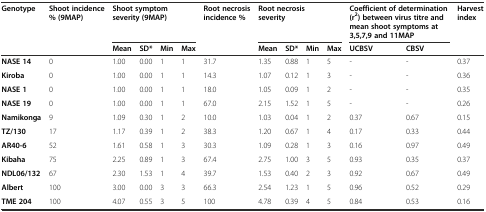
<table><thead><tr><td><b>Genotype</b></td><td><b>Shoot incidence % (9MAP)</b></td><td colspan="4"><b>Shoot symptom severity (9MAP)</b></td><td><b>Root necrosis incidence %</b></td><td colspan="4"><b>Root necrosis severity</b></td><td colspan="2"><b>Coefficient of determination (r<sup>2</sup>) between virus titre and mean shoot symptoms at 3,5,7,9 and 11MAP</b></td><td><b>Harvest index</b></td></tr><tr><td></td><td></td><td><b>Mean</b></td><td><b>SD*</b></td><td><b>Min</b></td><td><b>Max</b></td><td></td><td><b>Mean</b></td><td><b>SD*</b></td><td><b>Min</b></td><td><b>Max</b></td><td><b>UCBSV</b></td><td><b>CBSV</b></td><td></td></tr></thead><tbody><tr><td><b>NASE 14</b></td><td>0</td><td>1.00</td><td>0.00</td><td>1</td><td>1</td><td>31.7</td><td>1.35</td><td>0.88</td><td>1</td><td>5</td><td>-</td><td>-</td><td>0.37</td></tr><tr><td><b>Kiroba</b></td><td>0</td><td>1.00</td><td>0.00</td><td>1</td><td>1</td><td>14.3</td><td>1.07</td><td>0.12</td><td>1</td><td>3</td><td>-</td><td>-</td><td>0.36</td></tr><tr><td><b>NASE 1</b></td><td>0</td><td>1.00</td><td>0.00</td><td>1</td><td>1</td><td>18.0</td><td>1.05</td><td>0.09</td><td>1</td><td>2</td><td>-</td><td>-</td><td>0.35</td></tr><tr><td><b>NASE 19</b></td><td>0</td><td>1.00</td><td>0.00</td><td>1</td><td>1</td><td>67.0</td><td>2.15</td><td>1.52</td><td>1</td><td>5</td><td>-</td><td>-</td><td>0.26</td></tr><tr><td><b>Namikonga</b></td><td>9</td><td>1.09</td><td>0.30</td><td>1</td><td>2</td><td>10.0</td><td>1.03</td><td>0.04</td><td>1</td><td>2</td><td>0.37</td><td>0.67</td><td>0.15</td></tr><tr><td><b>TZ/130</b></td><td>17</td><td>1.17</td><td>0.39</td><td>1</td><td>2</td><td>38.3</td><td>1.20</td><td>0.67</td><td>1</td><td>4</td><td>0.17</td><td>0.33</td><td>0.44</td></tr><tr><td><b>AR40-6</b></td><td>52</td><td>1.61</td><td>0.58</td><td>1</td><td>3</td><td>30.3</td><td>1.09</td><td>0.28</td><td>1</td><td>3</td><td>0.16</td><td>0.97</td><td>0.49</td></tr><tr><td><b>Kibaha</b></td><td>75</td><td>2.25</td><td>0.89</td><td>1</td><td>3</td><td>67.4</td><td>2.75</td><td>1.00</td><td>3</td><td>5</td><td>0.93</td><td>0.35</td><td>0.37</td></tr><tr><td><b>NDL06/132</b></td><td>67</td><td>2.30</td><td>1.53</td><td>1</td><td>4</td><td>39.7</td><td>1.53</td><td>0.40</td><td>2</td><td>3</td><td>0.92</td><td>0.67</td><td>0.49</td></tr><tr><td><b>Albert</b></td><td>100</td><td>3.00</td><td>0.00</td><td>3</td><td>3</td><td>66.3</td><td>2.54</td><td>1.23</td><td>1</td><td>5</td><td>0.96</td><td>0.52</td><td>0.29</td></tr><tr><td><b>TME 204</b></td><td>100</td><td>4.07</td><td>0.55</td><td>3</td><td>5</td><td>100</td><td>4.78</td><td>0.39</td><td>4</td><td>5</td><td>0.84</td><td>0.53</td><td>0.16</td></tr></tbody></table>